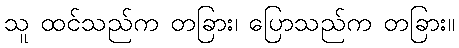
သူ ထင်သည်က တခြား၊ ပြောသည်က တခြား။